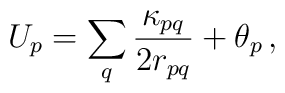
U_p = \sum_q \frac{\kappa_{pq}}{2 r_{pq}} + \theta_p \, ,